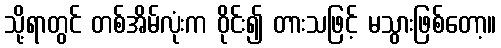
သို့ရာတွင် တစ်အိမ်လုံးက ဝိုင်း၍ တားသဖြင့် မသွားဖြစ်တော့။